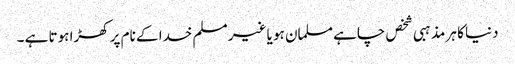
دنیا کا ہر مذہبی شخص چاہے مسلمان ہو یا غیر مسلم خدا کے نام پر کھڑا ہوتا ہے ۔